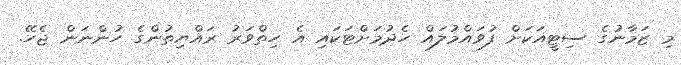
މި ޒަމާނުގެ ސިޓީއަކަށް ފުވައްމުލައް ހެދުމަށްޓަކައި އެ ހިތްވަރު ރައްޔިތުންގެ ހުންނަން ޖެހޭ.